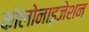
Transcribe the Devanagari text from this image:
कोलोनाइजेशन